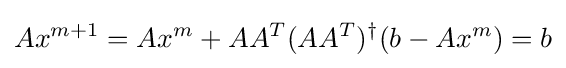
Ax^{m+1}=Ax^{m}+AA^{T}(AA^{T})^{\dagger }(b-Ax^{m})=b